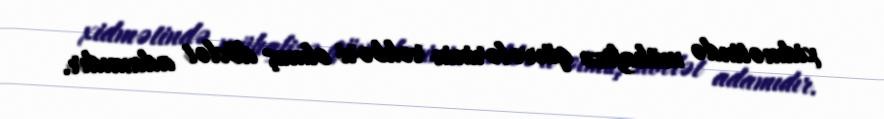
xidmətində mühafizə qüvvələrinin rəhbəri olmuş dövlət adamıdır.